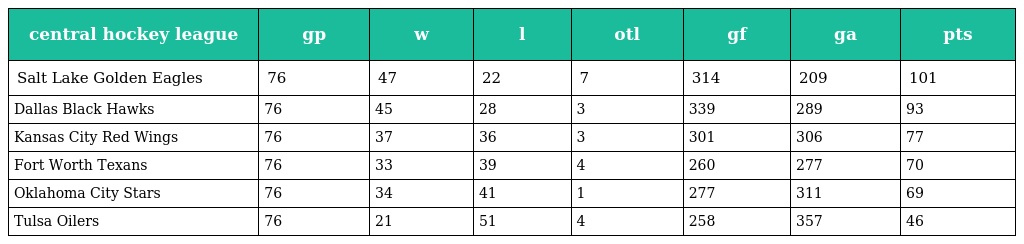
| central hockey league | gp | w | l | otl | gf | ga | pts |
 | --- | --- | --- | --- | --- | --- | --- | --- |
 | Salt Lake Golden Eagles | 76 | 47 | 22 | 7 | 314 | 209 | 101 |
 | Dallas Black Hawks | 76 | 45 | 28 | 3 | 339 | 289 | 93 |
 | Kansas City Red Wings | 76 | 37 | 36 | 3 | 301 | 306 | 77 |
 | Fort Worth Texans | 76 | 33 | 39 | 4 | 260 | 277 | 70 |
 | Oklahoma City Stars | 76 | 34 | 41 | 1 | 277 | 311 | 69 |
 | Tulsa Oilers | 76 | 21 | 51 | 4 | 258 | 357 | 46 |